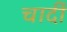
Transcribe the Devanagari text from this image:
चादीं